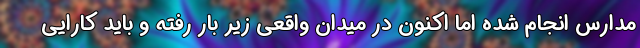
مدارس انجام شده اما اکنون در میدان واقعی زیر بار رفته و باید کارایی